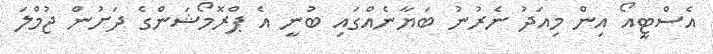
އެސްޓީއޯ އިން މިއަދު ނެރުނު ބަޔާނެއްގައި ބުނީ އެ ޕްރޮމޯޝަންގެ ދަށުން ޖުމްލަ